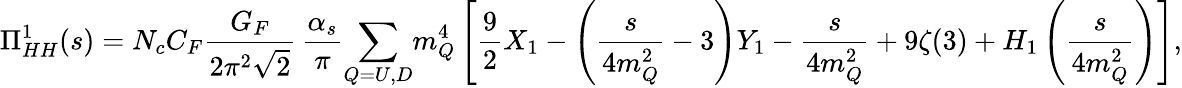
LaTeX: \Pi_{HH}^{1}(s)=N_{c}C_{F}{\frac{G_{F}}{2\pi^{2}\sqrt 2}}\, {\frac{\alpha_{s}}{\pi}}\! \sum_{Q=U,D}\! m_{Q}^{4}\left[{\frac{9}{2}}X_{1}-\left({\frac{s}{4m_{Q}^{2}}}-3\right)Y_{1}-{\frac{s}{4m_{Q}^{2}}}+9\zeta(3)+H_{1}\left({\frac{s}{4m_{Q}^{2}}}\right)\right],